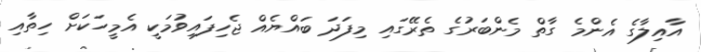
އާއިލާގެ އެންމެ ގާތް މެންބަރުގެ ތެރޭގައި މިފަދަ ބައްޔެއް ޖެހިފައިވުމަކީ އެމީހަކަށް ހިތާއި